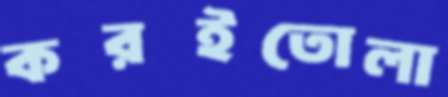
করইতোলা